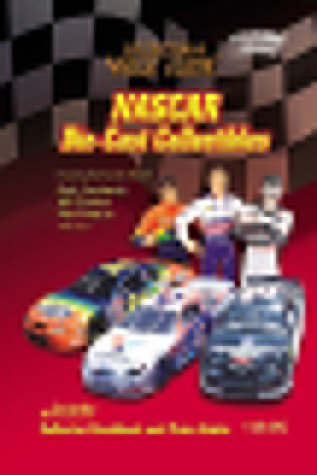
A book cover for NASCAR Die-Cast Collectibles: Collector's Value Guide (Collector's Value Guides); Crafts, Hobbies & Home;